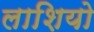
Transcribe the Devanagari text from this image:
लाशियो